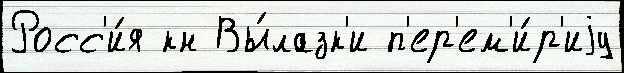
Росс'и́я кн Вы́лазк'и п'ер'ем'и́р'иjу